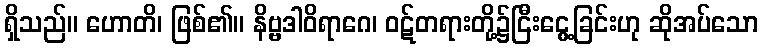
ရှိသည်။ ဟောတိ၊ ဖြစ်၏။ နိဗ္ဗဒါဝိရာဂေ၊ ဝဋ်တရားတို့၌ငြီးငွေ့ခြင်းဟု ဆိုအပ်သော